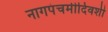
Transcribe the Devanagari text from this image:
नागपंचमीदिवशी